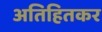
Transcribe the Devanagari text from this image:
अतिहितकर